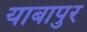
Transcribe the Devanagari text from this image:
याबापुर